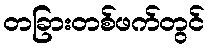
တခြားတစ်ဖက်တွင်